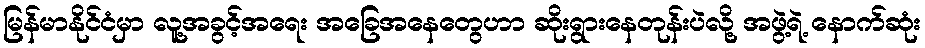
မြန်မာနိုင်ငံမှာ လူ့အခွင့်အရေး အခြေအနေတွေဟာ ဆိုးရွားနေတုန်းပဲလို့ အဖွဲ့ရဲ့ နောက်ဆုံး